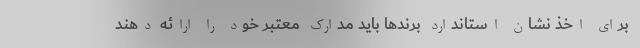
برای اخذ نشان استاندارد برندها باید مدارک معتبر خود را ارائه دهند